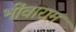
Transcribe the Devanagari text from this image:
भींवाराम